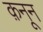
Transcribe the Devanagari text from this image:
क़नून